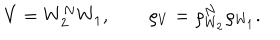
V = W _ { 2 } ^ { N } W _ { 1 } , \qquad \varrho _ { V } = \varrho _ { W _ { 2 } } ^ { N } \varrho _ { W _ { 1 } } .